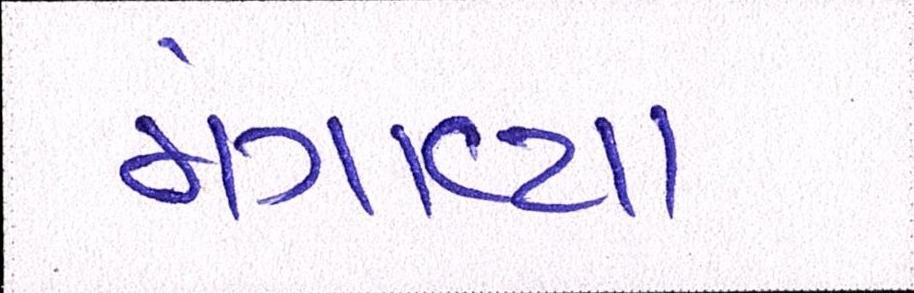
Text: મગાવ્યો